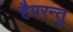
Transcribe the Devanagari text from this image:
हैपरन्तु